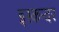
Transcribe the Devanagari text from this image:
इस्कन्दर